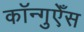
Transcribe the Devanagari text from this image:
कॉन्गुएँस